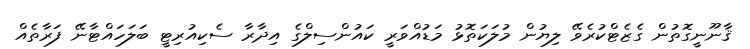
ޤާނޫނީގޮތުން ގެޒެޓްކުރެވޭ ލިޔުން މުލަކަތޮޅު މަޑުއްވަރީ ކައުންސިލްގެ އިދާރާ ސެކިއުރިޓީ ބަލަހައްޓާނޭ ފަރާތެއް